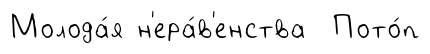
Молода́я н'ера́в'енства Пото́п